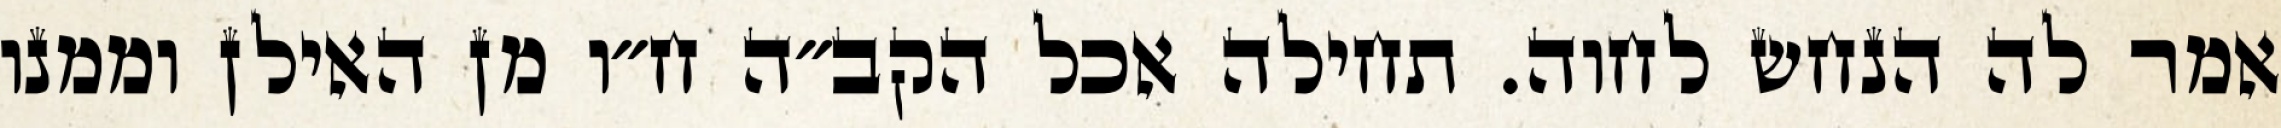
אמר לה הנחש לחוה. תחילה אכל הקב״ה ח״ו מן האילן וממנו